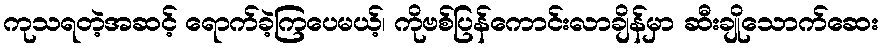
ကုသရတဲ့အဆင့် ရောက်ခဲ့ကြပေမယ့်၊ ကိုဗစ်ပြန်ကောင်းလာချိန်မှာ ဆီးချိုသောက်ဆေး